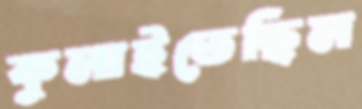
কুলাইতেছিল